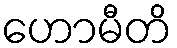
ဟောမီတိ